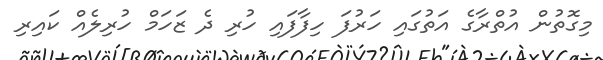
މިގޮތުން އުތްރާގެ އަތުގައި ހަރުފަ ހިފާފައި ހުރި ދެ ޒަހަމް ހުރިލެއް ކައިރި